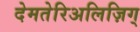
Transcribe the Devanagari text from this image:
देमतेरिअलिज़िग्